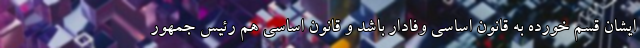
ایشان قسم خورده به قانون اساسی وفادار باشد و قانون اساسی هم رئیس جمهور